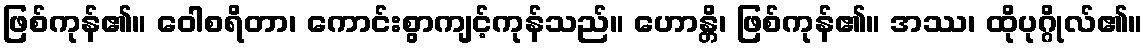
ဖြစ်ကုန်၏။ ဝေါစရိတာ၊ ကောင်းစွာကျင့်ကုန်သည်။ ဟောန္တိ၊ ဖြစ်ကုန်၏။ အဿ၊ ထိုပုဂ္ဂိုလ်၏။